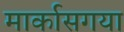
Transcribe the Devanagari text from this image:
मार्कासगया